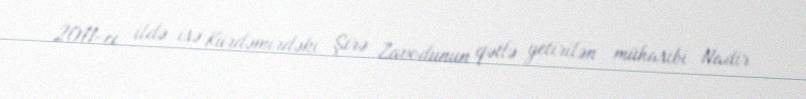
2011-ci ildə isə Kürdəmirdəki Şirə Zavodunun qətlə yetirilən mühasibi Nadir